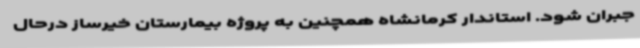
جبران شود. استاندار کرمانشاه همچنین به پروژه بیمارستان خیرساز درحال